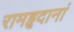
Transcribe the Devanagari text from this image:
रामहृदानां